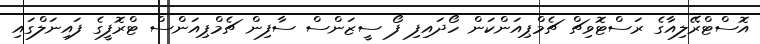
އޮސްޓްރޭލިއާގެ ރަސްޓޮވިޗް ޗެމްޕިއަންކަން ހޯދައިފި ފޯ ސީޒަންސް ސާފިން ޗެމްޕިއަންސް ޓްރޮފީގެ ފައިނަލްގައި